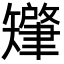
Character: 𬑷